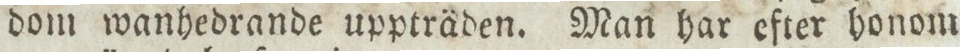
dom wanhedrande uppträden. Man har efter honom